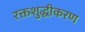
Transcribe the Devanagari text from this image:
रक्तशुद्धीकरण